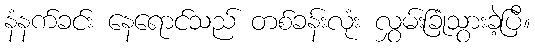
နံနက်ခင်း နေရောင်သည် တစ်ခန်းလုံး လွှမ်းခြုံသွားခဲ့ပြီ။